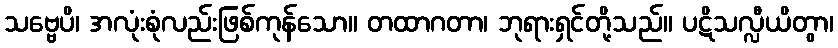
သဗ္ဗေပိ၊ အလုံးစုံလည်းဖြစ်ကုန်သော။ တထာဂတာ၊ ဘုရားရှင်တို့သည်။ ပဋိသလ္လီယိတွာ၊